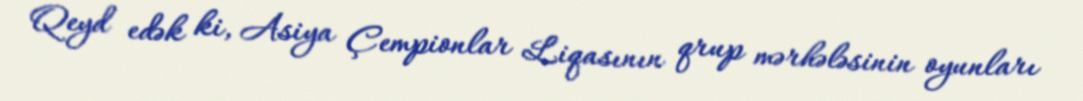
Qeyd edək ki, Asiya Çempionlar Liqasının qrup mərhələsinin oyunları